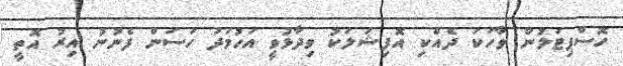
ހޮސްޕިޓަލުން ވާހަކަ ދެއްކި އޮފިޝަލަކު ވިދާޅުވީ އަހުމަދު ހަސަން ފެނުނު އިރު އޮތީ